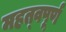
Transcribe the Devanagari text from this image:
महत्‍वपूर्ण